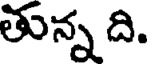
తున్న ది.